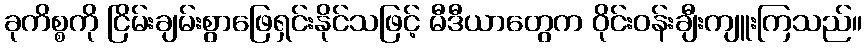
ခုကိစ္စကို ငြိမ်းချမ်းစွာဖြေရှင်းနိုင်သဖြင့် မီဒီယာတွေက ဝိုင်းဝန်းချီးကျူးကြသည်။